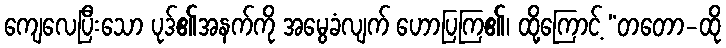
ကျေလေပြီးသော ပုဒ်၏အနက်ကို အမွေခံလျက် ဟောပြကြ၏၊ ထို့ကြောင့် “တတော-ထို